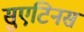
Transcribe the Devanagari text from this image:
सुएटिनस